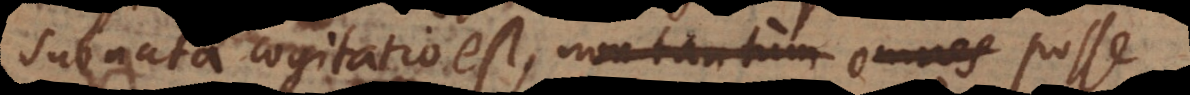
subnata cogitatio est, non tantum omnes posse